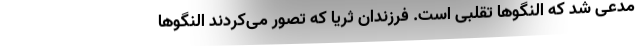
مدعی شد که النگو‌ها تقلبی است. فرزندان ثریا که تصور می‌کردند النگو‌ها